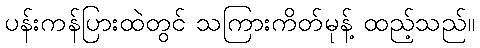
ပန်းကန်ပြားထဲတွင် သကြားကိတ်မုန့် ထည့်သည်။